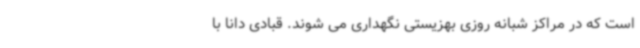
است که در مراکز شبانه روزی بهزیستی نگهداری می شوند. قبادی دانا با